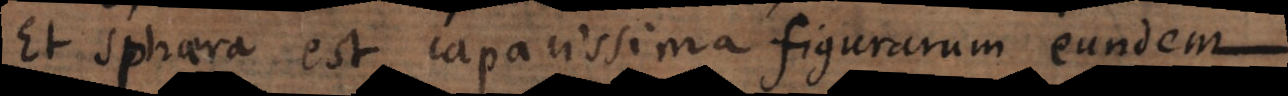
Et sphaera est capacissima figurarum eundem